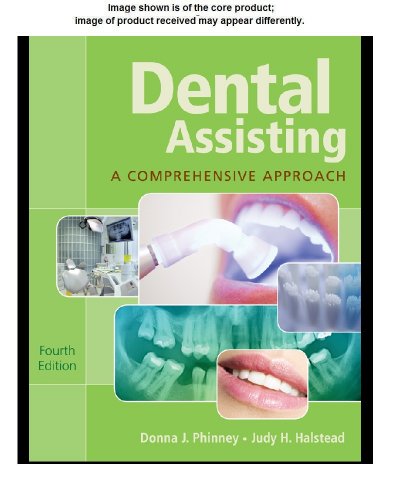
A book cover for Workbook for Phinney/Halstead's Dental Assisting: A Comprehensive Approach, 4th; Donna J. Phinney; Medical Books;